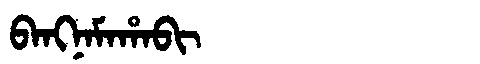
Manchu: ᠪᠠᠩᠨᠠᠮᠠᡥᠠᠪᡳ
Romanization: BANGNAMAHABI